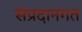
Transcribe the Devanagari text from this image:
संप्रदानगत